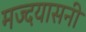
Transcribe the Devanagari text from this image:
मज्दयासनी